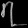
Digit: ၇